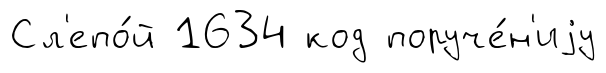
Сл'епо́й 1634 код поруче́н'иjу